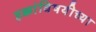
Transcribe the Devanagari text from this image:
हक्कांविषयीच्या